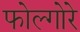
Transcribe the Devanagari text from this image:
फोल्गोरे